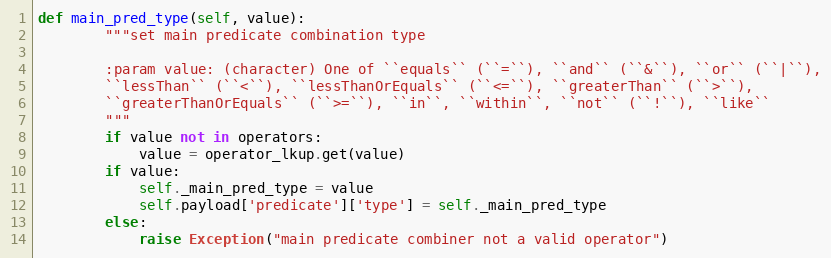
Language: Python
def main_pred_type(self, value):
        """set main predicate combination type

        :param value: (character) One of ``equals`` (``=``), ``and`` (``&``), ``or`` (``|``),
        ``lessThan`` (``<``), ``lessThanOrEquals`` (``<=``), ``greaterThan`` (``>``),
        ``greaterThanOrEquals`` (``>=``), ``in``, ``within``, ``not`` (``!``), ``like``
        """
        if value not in operators:
            value = operator_lkup.get(value)
        if value:
            self._main_pred_type = value
            self.payload['predicate']['type'] = self._main_pred_type
        else:
            raise Exception("main predicate combiner not a valid operator")